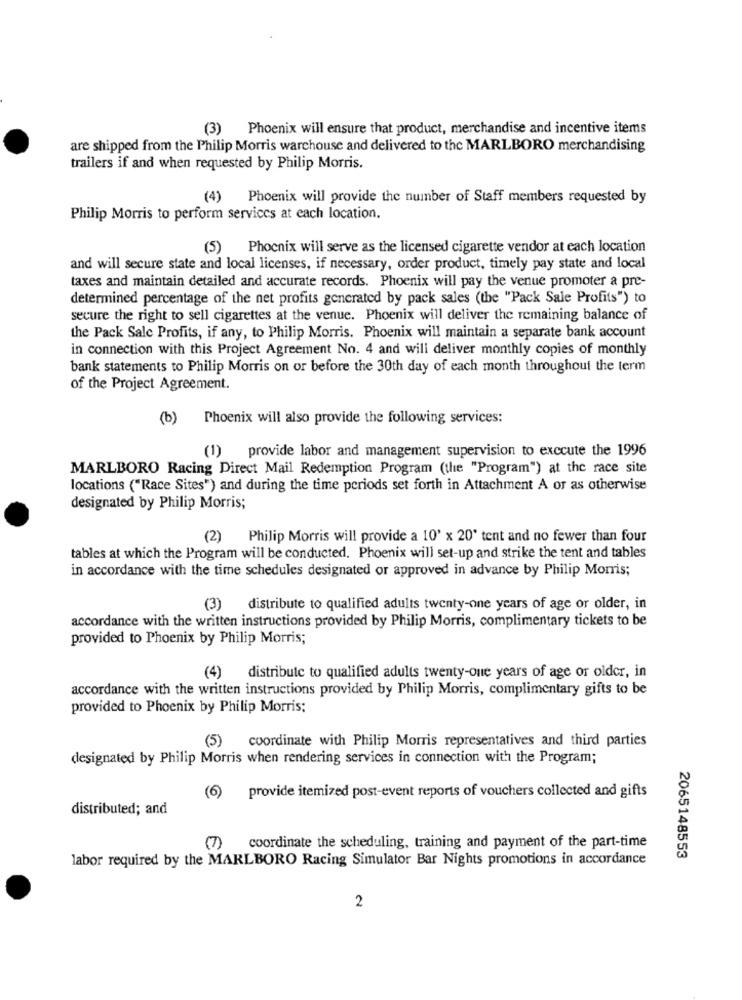
(3) Phoenix will ensure that product, merchandise and incentive items
are shipped from the Philip Morris warchouse and delivered to the MARLBORO merchandising
trailers if and when requested by Philip Morris.
(4) Phoenix will provide the number of Staff members requested by
Philip Morris to perform services at each location.
(5)
Phoenix will serve as the licensed cigarette vendor at each location
and will secure state and local licenses, if necessary, order product, timely pay state and local
taxes and maintain detailed and accurate records. Phoenix will pay the venue promoter a pre-
determined percentage of the net profits generated by pack sales (the "Pack Sale Profits") to
secure the right to sell cigarettes at the venue. Phoenix will deliver the remaining balance of
the Pack Sale Profits, if any, to Philip Morris. Phoenix will maintain a separate bank account
in connection with this Project Agreement No. 4 and will deliver monthly copies of monthly
bank statements to Philip Morris on or before the 30th day of each month throughout the term
of the Project Agreement.
(b)
Phoenix will also provide the following services:
(1) provide labor and management supervision to execute the 1996
MARLBORO Racing Direct Mail Redemption Program (the "Program") at the race site
locations ("Race Sites") and during the time periods set forth in Attachment A or as otherwise
designated by Philip Morris;
(2) Philip Morris will provide a 10' x 20' tent and no fewer than four
tables at which the Program will be conducted. Phoenix will set-up and strike the tent and tables
in accordance with the time schedules designated or approved in advance by Philip Morris;
(3)
distribute to qualified adults twenty-one years of age or older, in
accordance with the written instructions provided by Philip Morris, complimentary tickets to be
provided to Phoenix by Philip Morris;
(4)
distribute to qualified adults twenty-one years of age or older, in
accordance with the written instructions provided by Philip Morris, complimentary gifts to be
provided to Phoenix by Philip Morris:
(5) coordinate with Philip Morris representatives and third parties
designated by Philip Morris when rendering services in connection with the Program;
(6) provide itemized post-event reports of vouchers collected and gifts
distributed; and
(7)
coordinate the scheduling, training and payment of the part-time
labor required by the MARLBORO Racing Simulator Bar Nights promotions in accordance
2065148553
2